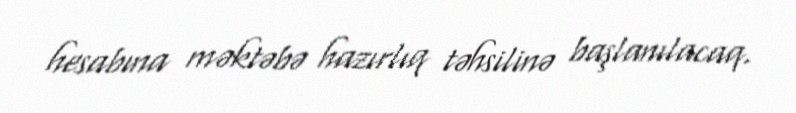
hesabına məktəbə hazırlıq təhsilinə başlanılacaq.